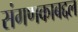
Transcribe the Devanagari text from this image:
संगणकाबद्दल